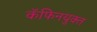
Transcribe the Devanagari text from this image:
कॅफिनयुक्त